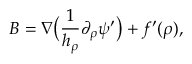
\boldsymbol { B } = \nabla \big ( \frac 1 { h _ { \rho } } \partial _ { \rho } \psi ^ { \prime } \big ) + f ^ { \prime } ( \rho ) ,